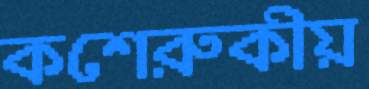
কশেরুকীয়